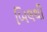
બિલથી